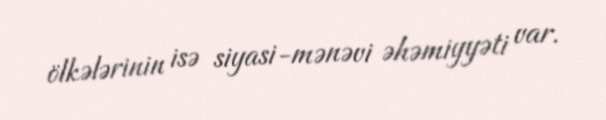
ölkələrinin isə siyasi-mənəvi əhəmiyyəti var.